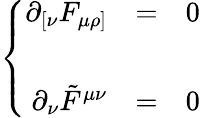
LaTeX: \left\{ \begin{array}{rcl}{{\partial_{[\nu}F_{\mu\rho]}}}&{{=}}&{{0}}\\ {{}}&{{}}&{{}}\\ {{\partial_{\nu}\tilde{F}^{\mu\nu}}}&{{=}}&{{0}}\end{array}\right.